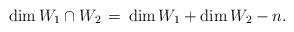
LaTeX: \begin{align*}\dim {W_1\cap W_2} \,= \, \dim W_1+\dim W_2-n.\end{align*}